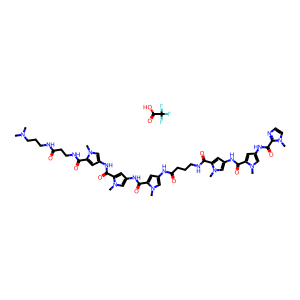
SMILES: CN(C)CCCNC(=O)CCNC(=O)c1cc(NC(=O)c2cc(NC(=O)c3cc(NC(=O)CCCNC(=O)c4cc(NC(=O)c5cc(NC(=O)c6nccn6C)cn5C)cn4C)cn3C)cn2C)cn1C.O=C(O)C(F)(F)F
Inhibits HIV replication: No